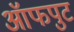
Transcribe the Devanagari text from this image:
ऑफपुट